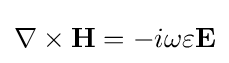
\nabla \times \mathbf {H} =-i\omega \varepsilon \mathbf {E}